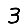
Digit: 3